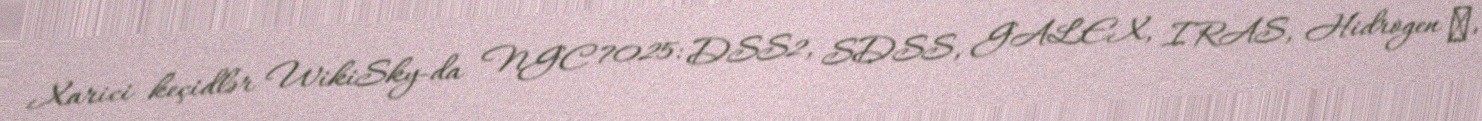
Xarici keçidlər WikiSky-da NGC 7025: DSS2, SDSS, GALEX, IRAS, Hidrogen α,